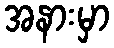
အနားမှာ